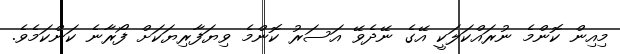
މިއިން ކޮންމެ ނުރައްކަލަކީ އޭގެ ނޭދެވޭ އަސަރު ކޮންމެ ވިޔަފާރިޔަކަށް ފޯރާނެ ކަންކަމެވެ.